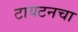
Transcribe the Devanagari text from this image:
टायटनचा